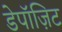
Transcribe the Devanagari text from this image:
डेपॉज़िट